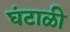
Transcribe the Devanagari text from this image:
घंटाळी